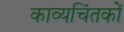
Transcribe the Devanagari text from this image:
काव्यचिंतकों